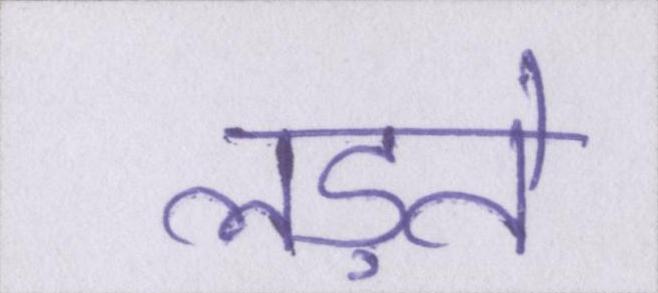
लड़ते